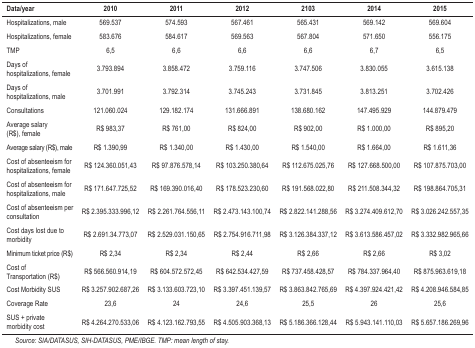
<table><thead><tr><td><b>Data/year</b></td><td><b>2010</b></td><td><b>2011</b></td><td><b>2012</b></td><td><b>2103</b></td><td><b>2014</b></td><td><b>2015</b></td></tr></thead><tbody><tr><td>Hospitalizations, male</td><td>569.537</td><td>574.593</td><td>567.461</td><td>565.431</td><td>569.142</td><td>569.604</td></tr><tr><td>Hospitalizations, female</td><td>583.676</td><td>584.617</td><td>569.563</td><td>567.804</td><td>571.650</td><td>556.175</td></tr><tr><td>TMP</td><td>6,5</td><td>6,6</td><td>6,6</td><td>6,6</td><td>6,7</td><td>6,5</td></tr><tr><td>Days of hospitalizations, female</td><td>3.793.894</td><td>3.858.472</td><td>3.759.116</td><td>3.747.506</td><td>3.830.055</td><td>3.615.138</td></tr><tr><td>Days of hospitalizations, male</td><td>3.701.991</td><td>3.792.314</td><td>3.745.243</td><td>3.731.845</td><td>3.813.251</td><td>3.702.426</td></tr><tr><td>Consultations</td><td>121.060.024</td><td>129.182.174</td><td>131.666.891</td><td>138.680.162</td><td>147.495.929</td><td>144.879.479</td></tr><tr><td>Average salary (R$), female</td><td>R$ 983,37</td><td>R$ 761,00</td><td>R$ 824,00</td><td>R$ 902,00</td><td>R$ 1.000,00</td><td>R$ 895,20</td></tr><tr><td>Average salary (R$), male</td><td>R$ 1.390,99</td><td>R$ 1.340,00</td><td>R$ 1.430,00</td><td>R$ 1.540,00</td><td>R$ 1.664,00</td><td>R$ 1.611,36</td></tr><tr><td>Cost of absenteeism for hospitalizations,female</td><td>R$ 124.360.051,43</td><td>R$ 97.876.578,14</td><td>R$ 103.250.380,64</td><td>R$ 112.675.025,76</td><td>R$ 127.668.500,00</td><td>R$ 107.875.703,00</td></tr><tr><td>Cost of absenteeism for hospitalizations, male </td><td>R$ 171.647.725,52</td><td>R$ 169.390.016,40</td><td>R$ 178.523.230,60</td><td>R$ 191.568.022,80</td><td>R$ 211.508.344,32</td><td>R$ 198.864.705,31</td></tr><tr><td>Cost of absenteeism per consultation</td><td>R$ 2.395.333.996,12</td><td>R$ 2.261.764.556,11</td><td>R$ 2.473.143.100,74</td><td>R$ 2.822.141.288,56</td><td>R$ 3.274.409.612,70</td><td>R$ 3.026.242.557,35</td></tr><tr><td>Cost days lost due to morbidity</td><td>R$ 2.691.34.773,07</td><td>R$ 2.529.031.150,65</td><td>R$ 2.754.916.711,98</td><td>R$ 3.126.384.337,12</td><td>R$ 3.613.586.457,02</td><td>R$ 3.332.982.965,66</td></tr><tr><td>Minimum ticket price (R$)</td><td>R$ 2,34</td><td>R$ 2,34</td><td>R$ 2,44</td><td>R$ 2,66</td><td>R$ 2,66</td><td>R$ 3,02</td></tr><tr><td>Cost of Transportation (R$)</td><td>R$ 566.560.914,19</td><td>R$ 604.572.572,45</td><td>R$ 642.534.427,59</td><td>R$ 737.458.428,57</td><td>R$ 784.337.964,40</td><td>R$ 875.963.619,18</td></tr><tr><td>Cost Morbidity SUS</td><td>R$ 3.257.902.687,26</td><td>R$ 3.133.603.723,10</td><td>R$ 3.397.451.139,57</td><td>R$ 3.863.842.765,69</td><td>R$ 4.397.924.421,42</td><td>R$ 4.208.946.584,85</td></tr><tr><td>Coverage Rate</td><td>23,6</td><td>24</td><td>24,6</td><td>25,5</td><td>26</td><td>25,6</td></tr><tr><td>SUS + private morbidity cost</td><td>R$ 4.264.270.533,06</td><td>R$ 4.123.162.793,55</td><td>R$ 4.505.903.368,13</td><td>R$ 5.186.366.128,44</td><td>R$ 5.943.141.110,03</td><td>R$ 5.657.186.269,96</td></tr></tbody></table>